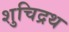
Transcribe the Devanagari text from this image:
शुचिद्रथ